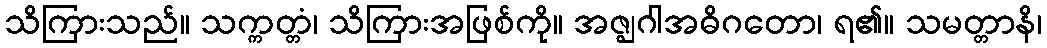
သိကြားသည်။ သက္ကတ္တံ၊ သိကြားအဖြစ်ကို။ အဇ္ဈဂါအဓိဂတော၊ ရ၏။ သမတ္တာနိ၊